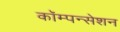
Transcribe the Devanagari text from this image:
कॉम्पन्सेशन